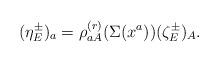
LaTeX: \begin{align*}(\eta^\pm_E)_a=\rho^{(r)}_{aA}(\Sigma(x^a))(\zeta^\pm_E)_A.\end{align*}